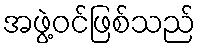
အဖွဲ့ဝင်ဖြစ်သည်